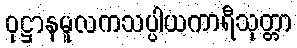
ဝုဋ္ဌာနမူလကသပ္ပါယကာရီသုတ္တာ